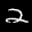
Label: 2